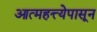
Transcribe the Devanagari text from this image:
आत्महत्त्येपासून